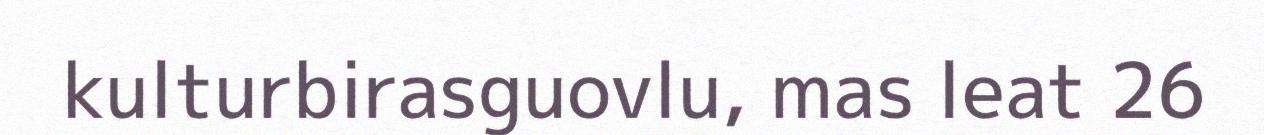
kulturbirasguovlu, mas leat 26